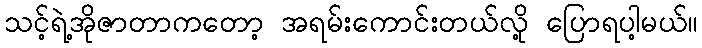
သင့်ရဲ့အိုဇာတာကတော့ အရမ်းကောင်းတယ်လို့ ပြောရပါ့မယ်။